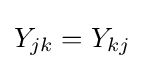
Y_{jk}=Y_{kj}